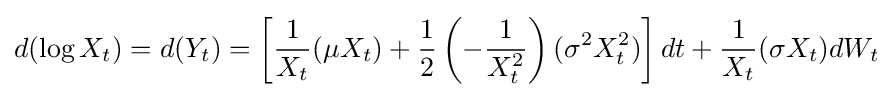
d(\log X_{t})=d(Y_{t})=\left[{\frac {1}{X_{t}}}(\mu X_{t})+{\frac {1}{2}}\left(-{\frac {1}{X_{t}^{2}}}\right)(\sigma ^{2}X_{t}^{2})\right]dt+{\frac {1}{X_{t}}}(\sigma X_{t})dW_{t}